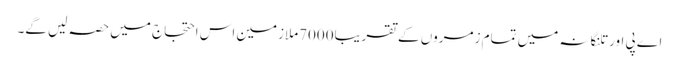
اے پی اور تلنگانہ میں تمام زمروں کے تقریبا7000ملازمین اس احتجاج میں حصہ لیں گے۔